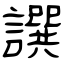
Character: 譔